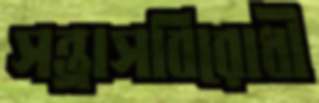
সন্ত্রাসবিরোধী